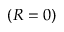
( R = 0 )